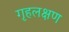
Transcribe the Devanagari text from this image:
गृहलक्षण